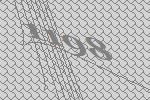
1198